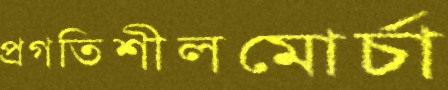
প্রগতিশীলমোর্চা